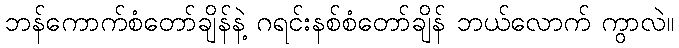
ဘန်ကောက်စံတော်ချိန်နဲ့ ဂရင်းနစ်စံတော်ချိန် ဘယ်လောက် ကွာလဲ။